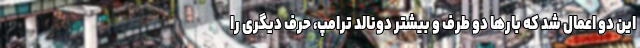
این دو اعمال شد که بارها دو طرف و بیشتر دونالد ترامپ، حرف دیگری را